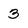
Character: 3